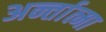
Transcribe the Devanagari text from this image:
अर्न्तात्मा